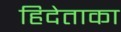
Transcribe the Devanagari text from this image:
हिदेताका